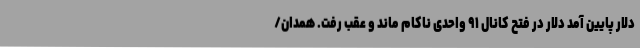
دلار پایین آمد دلار در فتح کانال ۹۱ واحدی ناکام ماند و عقب رفت. همدان/